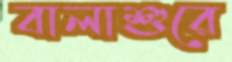
বালাশুরে